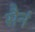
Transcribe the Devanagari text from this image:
सैनं